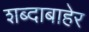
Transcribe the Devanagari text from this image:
शब्दाबाहेर